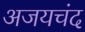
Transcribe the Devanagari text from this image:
अजयचंद